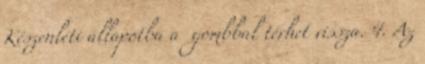
Készenléti állapotba a gombbal térhet vissza. 4. Az